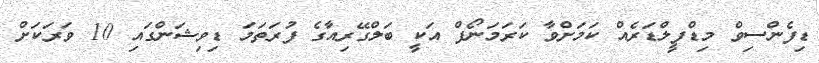
ޑިފެންސިވް މިޑްފީލްޑަރެއް ކަމަށްވާ ކަރަމަނޯފް އަކީ ބަލްގޭރިއާގެ ފުރަތަމަ ޑިވިޝަންގައި 10 ވަރަކަށް